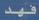
فهد